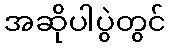
အဆိုပါပွဲတွင်